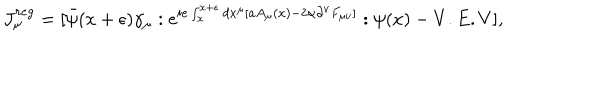
LaTeX: J _ { \mu } ^ { r e g } = [ \bar { \psi } ( x + \epsilon ) \gamma _ { \mu } : e ^ { i e \int _ { x } ^ { x + \epsilon } d x ^ { \mu } [ a A _ { \mu } ( x ) - 2 \alpha \partial ^ { \nu } F _ { \mu \nu } ] } : \psi ( x ) - V . E . V ] ,